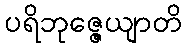
ပရိဘုဇ္ဇေယျာတိ